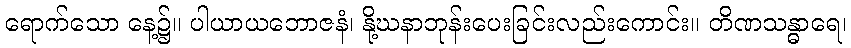
ရောက်သော နေ့၌။ ပါယာယဘောဇနံ၊ နို့ဃနာဘုန်းပေးခြင်းလည်းကောင်း။ တိဏသန္ဓာရေ၊